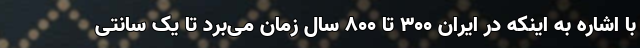
با اشاره به اینکه در ایران ۳۰۰ تا ۸۰۰ سال زمان می‌برد تا یک سانتی